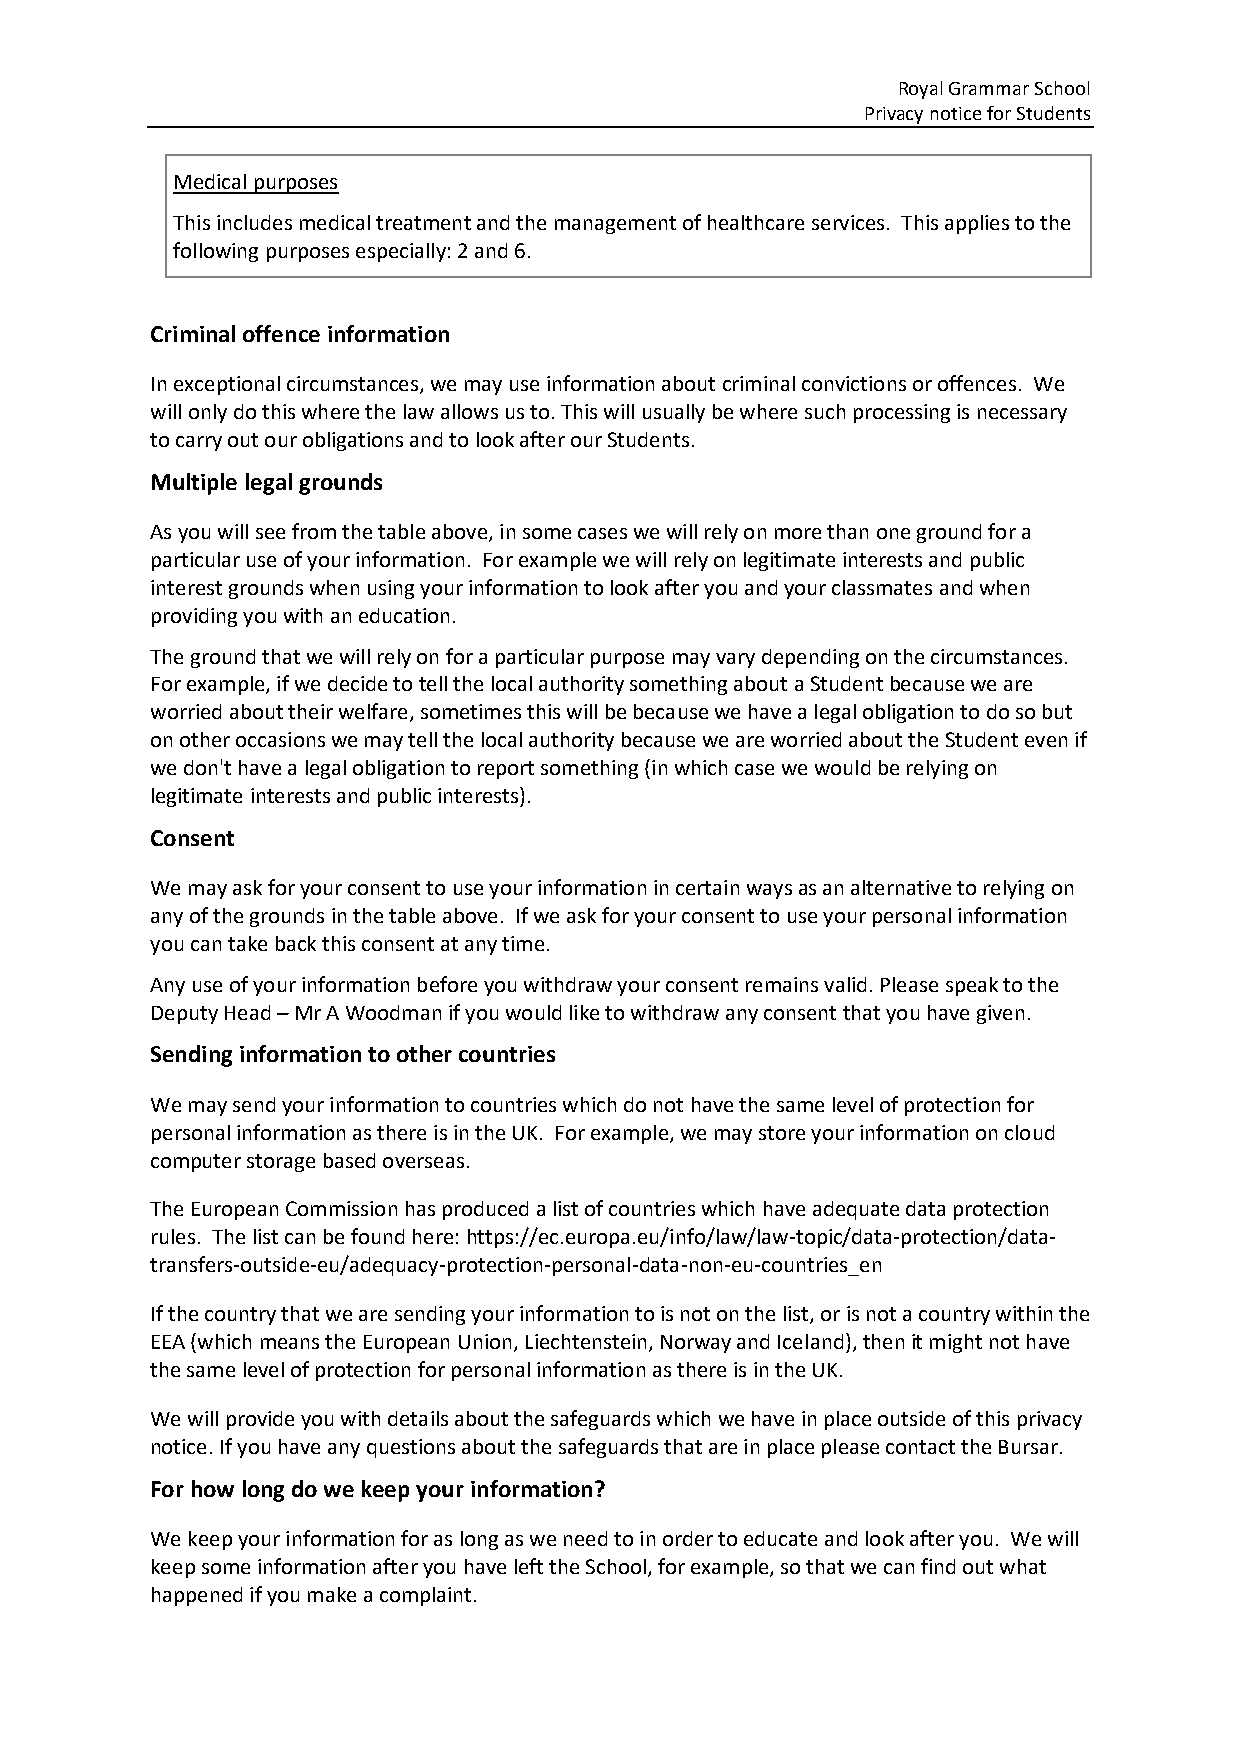
Royal Grammar School
 Privacy notice for Students
 Medical purposes
 This includes medical treatment and the management of healthcare services. This applies to the
 following purposes especially: 2 and 6.
 Criminal offence information
 In exceptional circumstances, we may use information about criminal convictions or offences. We
 will only do this where the law allows us to. This will usually be where such processing is necessary
 to carry out our obligations and to look after our Students.
 Multiple legal grounds
 As you will see from the table above, in some cases we will rely on more than one ground for a
 particular use of your information. For example we will rely on legitimate interests and public
 interest grounds when using your information to look after you and your classmates and when
 providing you with an education.
 The ground that we will rely on for a particular purpose may vary depending on the circumstances.
 For example, if we decide to tell the local authority something about a Student because we are
 worried about their welfare, sometimes this will be because we have a legal obligation to do so but
 on other occasions we may tell the local authority because we are worried about the Student even if
 we don't have a legal obligation to report something (in which case we would be relying on
 legitimate interests and public interests).
 Consent
 We may ask for your consent to use your information in certain ways as an alternative to relying on
 any of the grounds in the table above. If we ask for your consent to use your personal information
 you can take back this consent at any time.
 Any use of your information before you withdraw your consent remains valid. Please speak to the
 Deputy Head – Mr A Woodman if you would like to withdraw any consent that you have given.
 Sending information to other countries
 We may send your information to countries which do not have the same level of protection for
 personal information as there is in the UK. For example, we may store your information on cloud
 computer storage based overseas.
 The European Commission has produced a list of countries which have adequate data protection
 rules. The list can be found here: https://ec.europa.eu/info/law/law-topic/data-protection/data-
 transfers-outside-eu/adequacy-protection-personal-data-non-eu-countries_en
 If the country that we are sending your information to is not on the list, or is not a country within the
 EEA (which means the European Union, Liechtenstein, Norway and Iceland), then it might not have
 the same level of protection for personal information as there is in the UK.
 We will provide you with details about the safeguards which we have in place outside of this privacy
 notice. If you have any questions about the safeguards that are in place please contact the Bursar.
 For how long do we keep your information?
 We keep your information for as long as we need to in order to educate and look after you. We will
 keep some information after you have left the School, for example, so that we can find out what
 happened if you make a complaint.